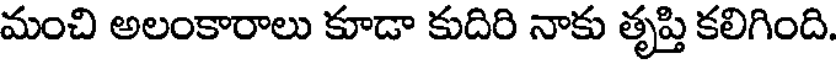
మంచి అలంకారాలు కూడా కుదిరి నాకు తృప్తి కలిగింది.